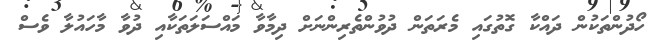
ހޯދުންތަކުން ދައްކާ ގޮތުގައި މެރަތަން ދުވުންތެރިންނަށް ދިމާވާ މައްސަލަތަކާއި ދުވާ މާހައުލާ ވެސް